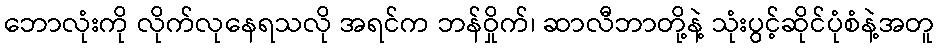
ဘောလုံးကို လိုက်လုနေရသလို အရင်က ဘန်ဝှိုက်၊ ဆာလီဘာတို့နဲ့ သုံးပွင့်ဆိုင်ပုံစံနဲ့အတူ